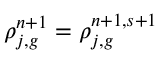
\rho _ { j , g } ^ { n + 1 } = \rho _ { j , g } ^ { n + 1 , s + 1 }